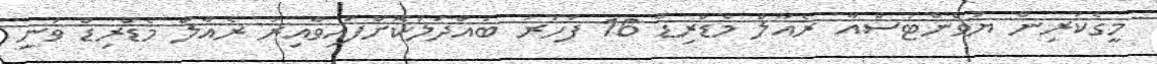
މީގެކުރިން ޔުވެންޓަސްއާ ރެއާލް މެޑްރިޑް 16 ފަހަރު ބައްދަލުކޮށްފައިވާއިރު ރެއާލް މެޑްރިޑް ވަނީ